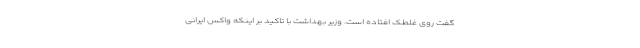
گفت روی غلطک افتاده است. وزیر بهداشت با تاکید بر اینکه واکس ایرانی